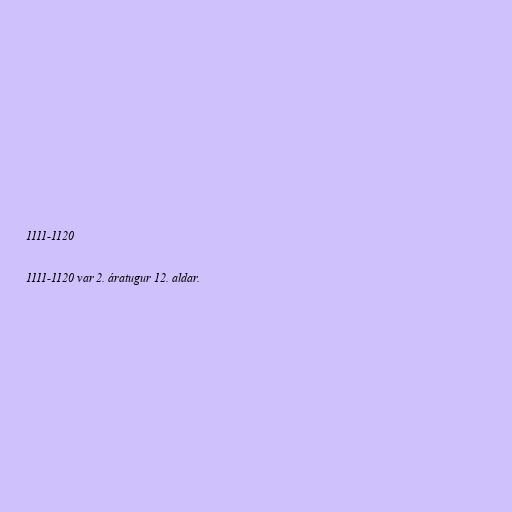
1111-1120

1111-1120 var 2. áratugur 12. aldar.